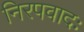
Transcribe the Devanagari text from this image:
निरपवादः